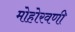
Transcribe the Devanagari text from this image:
मोहोरवणी